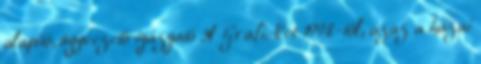
alapító, ügyvezető igazgató A GrafiNet 1998-tól, azaz a hazai